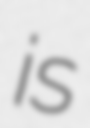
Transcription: is